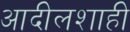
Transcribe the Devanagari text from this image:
आदीलशाही